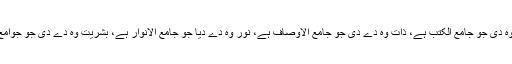
کتاب بھی وہ دی جو جامع الکتب ہے، ذات وہ دے دی جو جامع الاوصاف ہے، نور وہ دے دیا جو جامع الانوار ہے، بشریت وہ دے دی جو جوامع البشر ہے۔